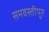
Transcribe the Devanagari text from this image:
समवस्तीपुर